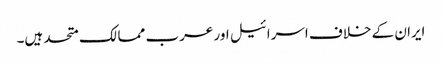
ایران کے خلاف اسرائیل اور عرب ممالک متحد ہیں۔